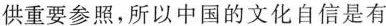
供重要参照,所以中国的文化自信是有